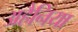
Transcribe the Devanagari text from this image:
अहैनिया